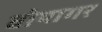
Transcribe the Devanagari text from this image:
वोयागर